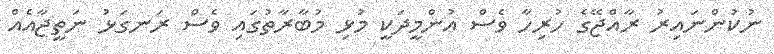
ނުކުންނައިރު ރާއްޖޭގެ ހުރިހާ ވެސް އުންމީދަކީ މުޅި މުބާރާތުގައި ވެސް ރަނގަޅު ނަތީޖާއެއް